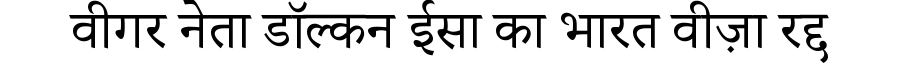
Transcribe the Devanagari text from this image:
वीगर नेता डॉल्कन ईसा का भारत वीज़ा रद्द